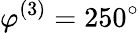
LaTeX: \varphi^{(3)}=250^{\circ}